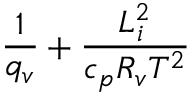
\frac { 1 } { q _ { v } } + \frac { L _ { i } ^ { 2 } } { c _ { p } R _ { v } T ^ { 2 } }